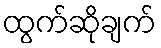
ထွက်ဆိုချက်